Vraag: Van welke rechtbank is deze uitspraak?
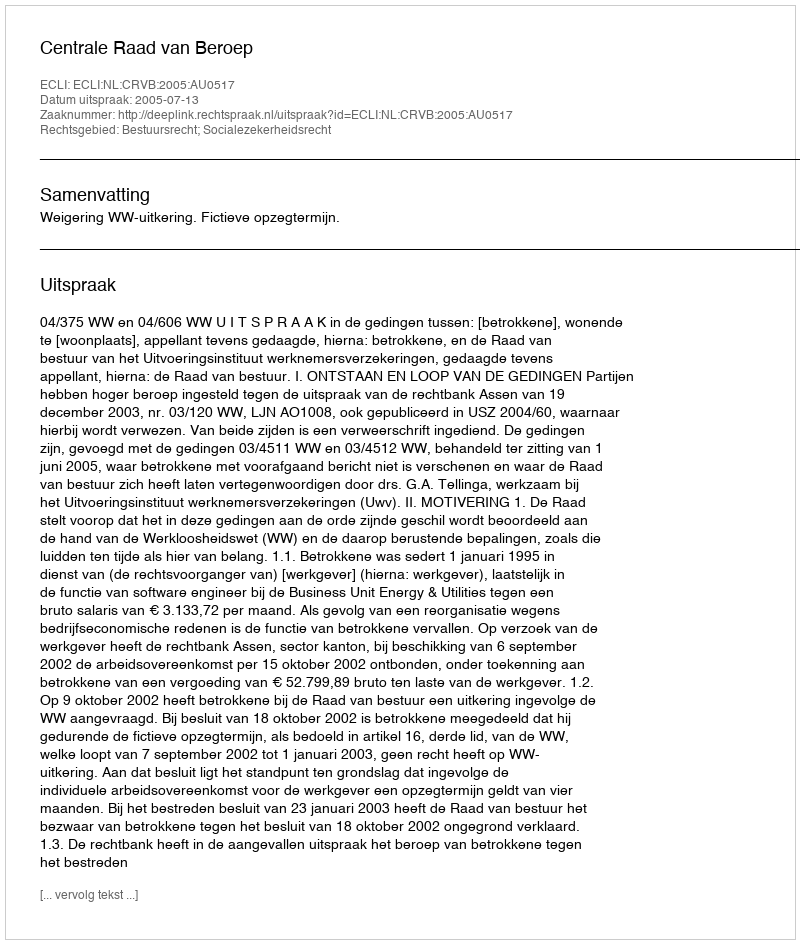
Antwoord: Centrale Raad van Beroep